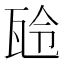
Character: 𤬻